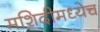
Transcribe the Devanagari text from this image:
मशिदीमध्येच